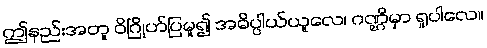
ဤနည်းအတူ ဝိဂြိုဟ်ပြမူ၍ အဓိပ္ပါယ်ယူလေ၊ ဂဏ္ဌိမှာ ရှုပါလေ။